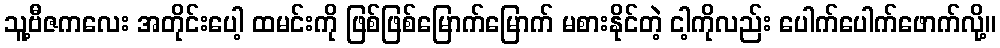
သူ့ဗီဇကလေး အတိုင်းပေါ့ ထမင်းကို ဖြစ်ဖြစ်မြောက်မြောက် မစားနိုင်တဲ့ ငါ့ကိုလည်း ပေါက်ပေါက်ဖောက်လို့။